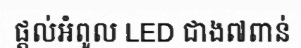
ផ្តល់អំពូល LED ជាង៧ពាន់